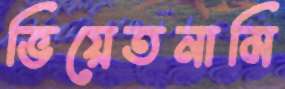
ভিয়েতনামি